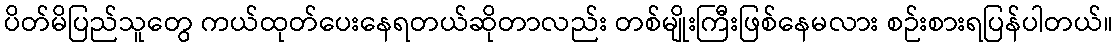
ပိတ်မိပြည်သူတွေ ကယ်ထုတ်ပေးနေရတယ်ဆိုတာလည်း တစ်မျိုးကြီးဖြစ်နေမလား စဉ်းစားရပြန်ပါတယ်။